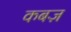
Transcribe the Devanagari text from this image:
कबज़